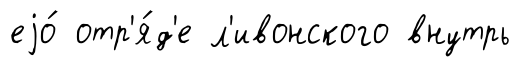
еjо́ отр'я́д'е л'ивонского внутрь